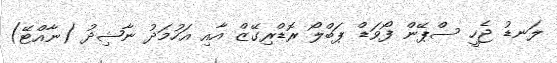
ލަނޑު ޖެހީ ސްޕޭން ފޯވަޑް ޕަބްލޯ ރޮޑްރިގޭޒް އާއި އަހުމަދު ނާޝިދު (ނާއްޓޭ)